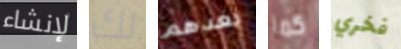
لإنشاء لك بعدهم كما فخري